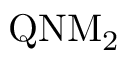
\mathrm { Q N M _ { 2 } }